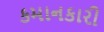
કમાનકારી